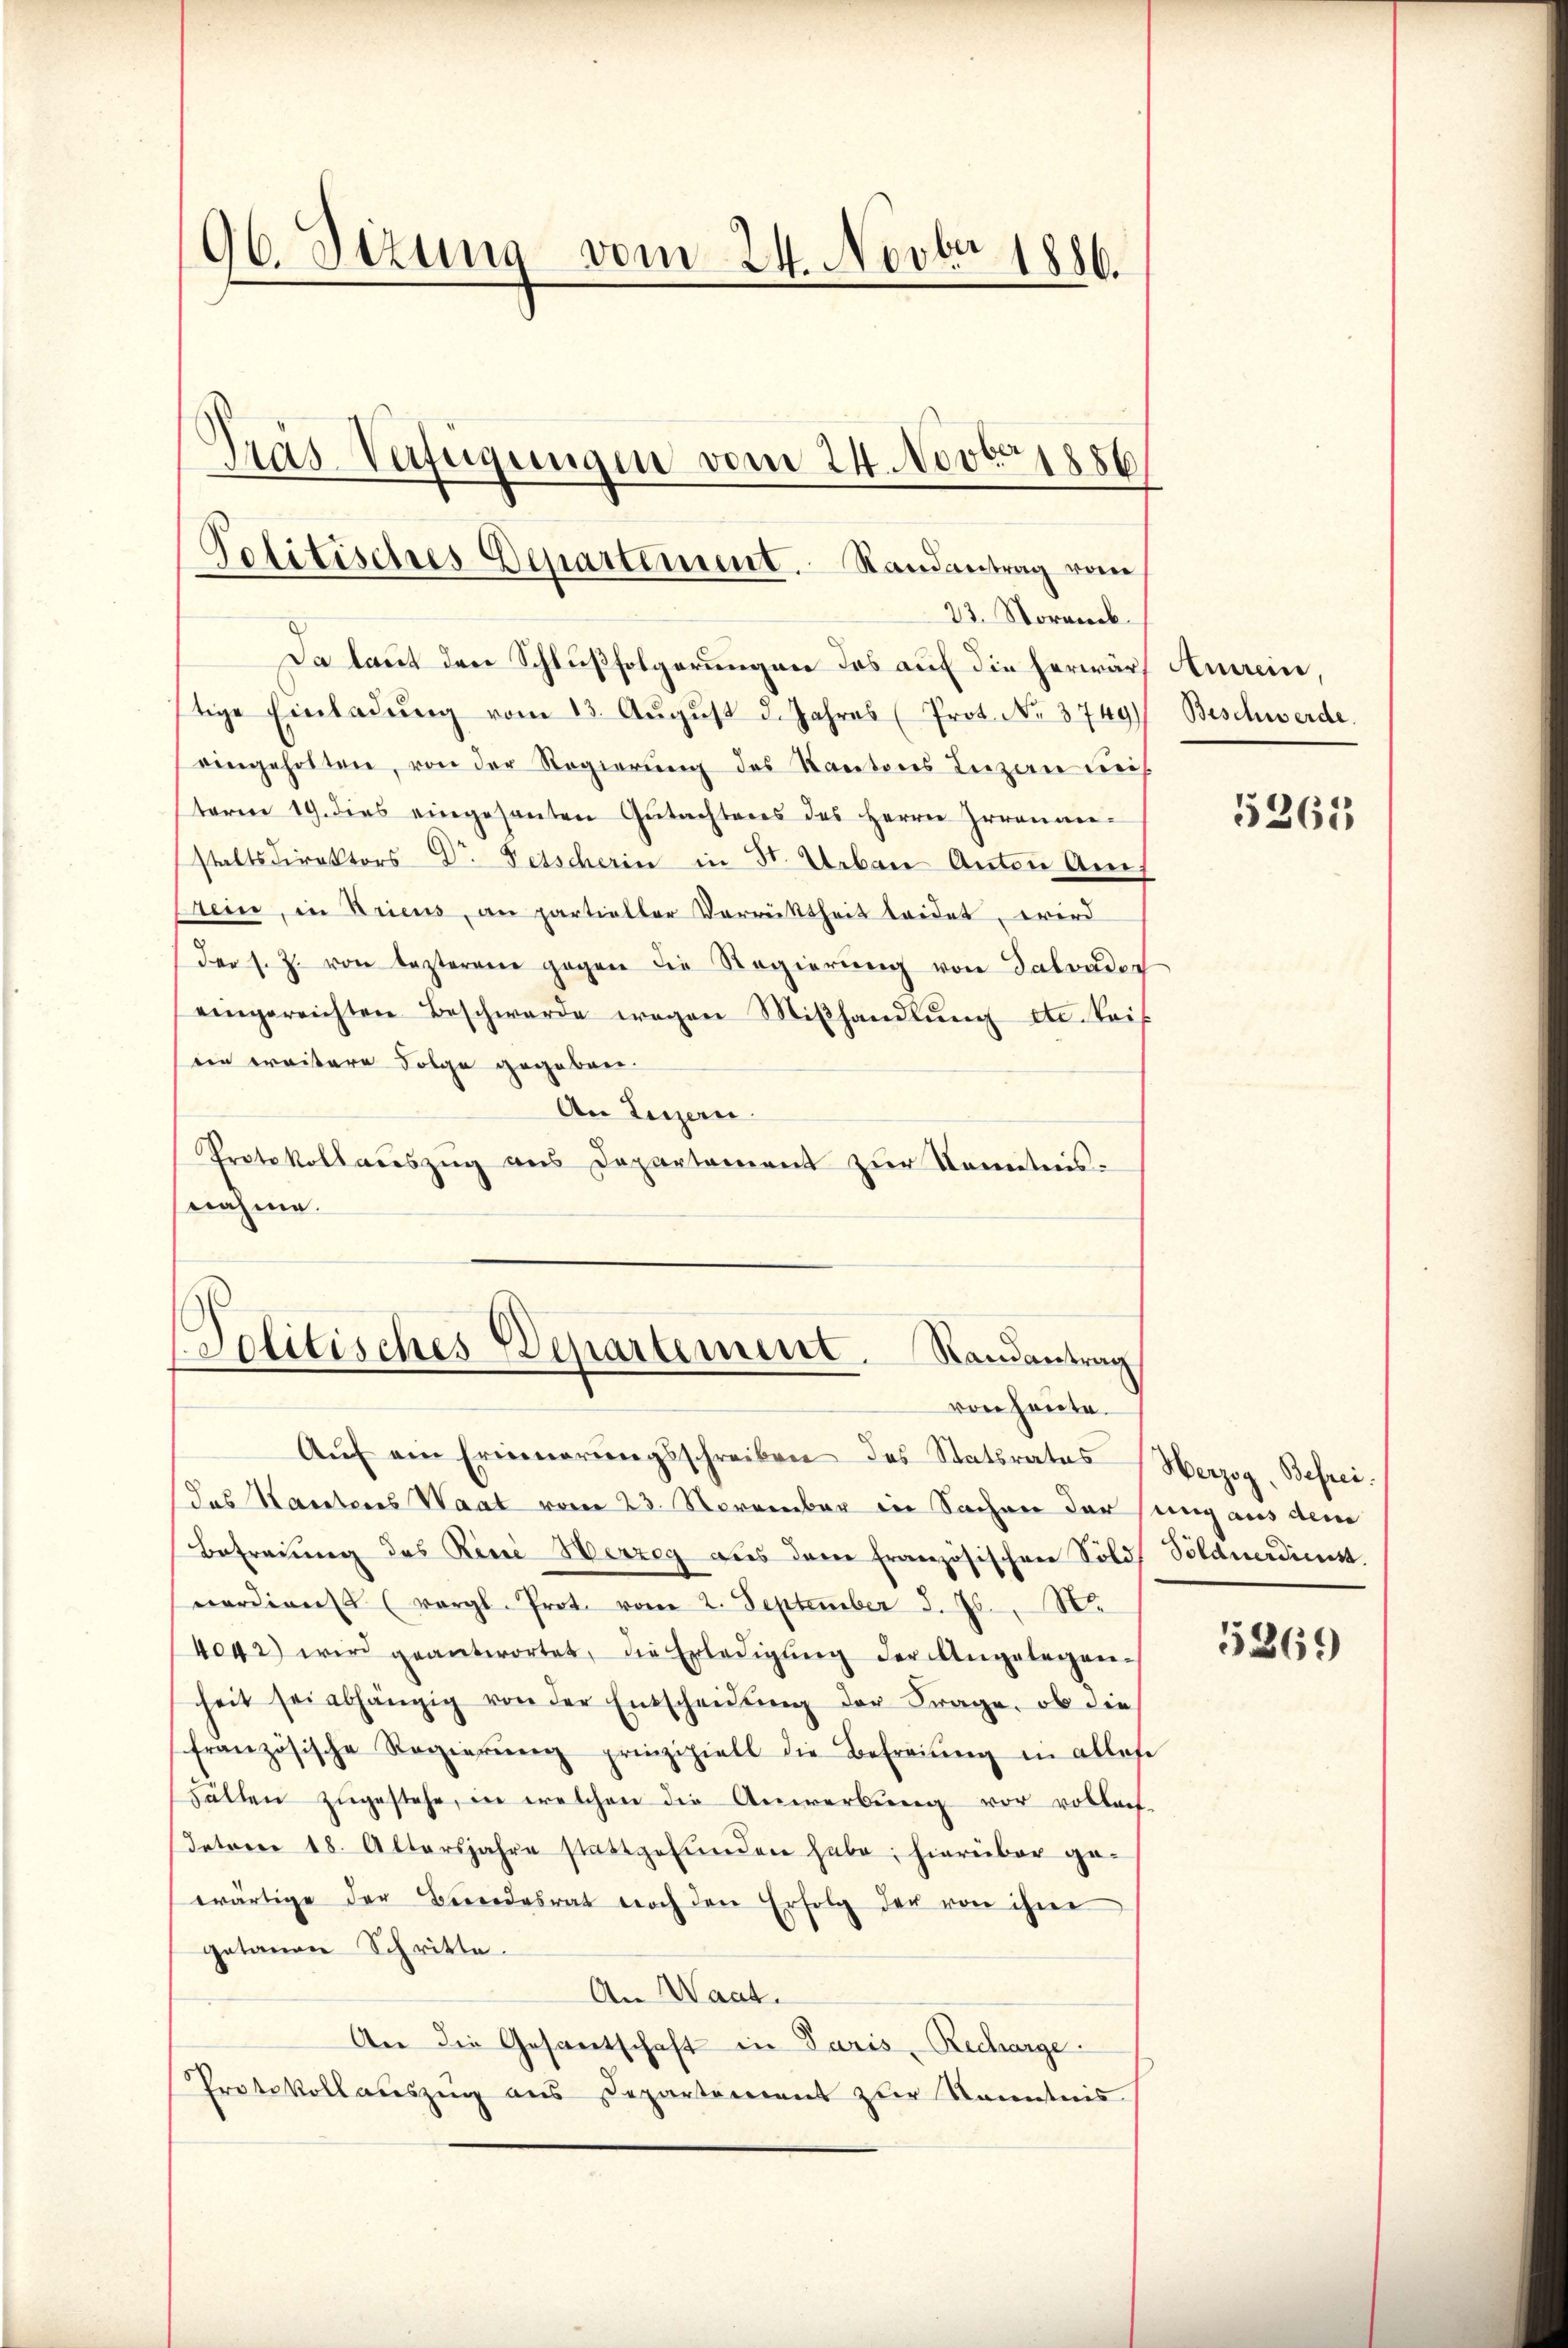
96. Sezung vom 24. Novber 1886.

Da laut den Schlußfolgerungen des auf die herwärf Anrein
tige Einladŭng vom 13. August d. Jahres (Prot. No. 3749)
eingeholten, von der Regierŭng des Kantons Luzen un
taren 19. dies eingesanten Gŭtachteres des Herrn Irrenan-
staltsdirektors Dr. Fetscherin in St. Urban Anton Auf
rein, in Kriens, an partieller Verrüttheit leidet, wird
der s. Z. von lezteren gegen die Regierŭng von Salvader
eingereichten Beschwerde wegen Miβhandlŭng etc. bei
ein weitere Folge gegeben.
An Luzern
Protokollauszug aus Departement zur Kenntnisnahme.

Politisches Departement. Randantrag vom
23. Norweck.

Pras Verfügungen vom 24. Nov. 1856

Politisches Departement. Randantrag
von heute.

Aŭf ein Erinnerŭngsschreiben des Statsrates Herzog, Befrei.
das Haretenes Waat vom 23. November in Sache der sung aus dem
Befreiung des Rine Herzeg aus dem französischen Sold Söldnerdienst.
nerdient (vergl. Prot. vom 2. September d. Js. S.
4042) wird geantwortet, die Erledigŭng der Angelegen-
heit sei abhängig von der Entscheidŭng der Frage, ob die
französische Regierŭng prinzipiell die Befreiung in allese
Fällen zŭgestehe, in welchen die Anwerbŭng vor vollauf-
Intree 18. Altersjahre stattgefunden habe; hierüber ge-
wärtige der Bundesrat noch den Erfolg der von ihne
getanen Schritte.
An Waat.
An die Gesantschaft in Paris Recharge.
Protokollauszug aus Departement zur Kenntnis

Beschwerde.

5265

5269